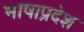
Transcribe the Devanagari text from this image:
भाषाप्रदेश